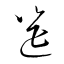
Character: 筵